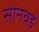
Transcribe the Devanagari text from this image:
सोनवड